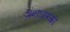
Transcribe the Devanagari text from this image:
अंशधारको